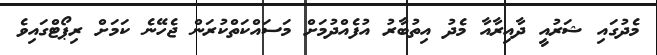
މެދުގައި ޝަރުއީ ދާއިރާއާ މެދު އިތުބާރު އުފެއްދުމަށް މަސައްކަތްކުރަން ޖެހޭނެ ކަމަށް ރިޕޯޓްގައިވެ